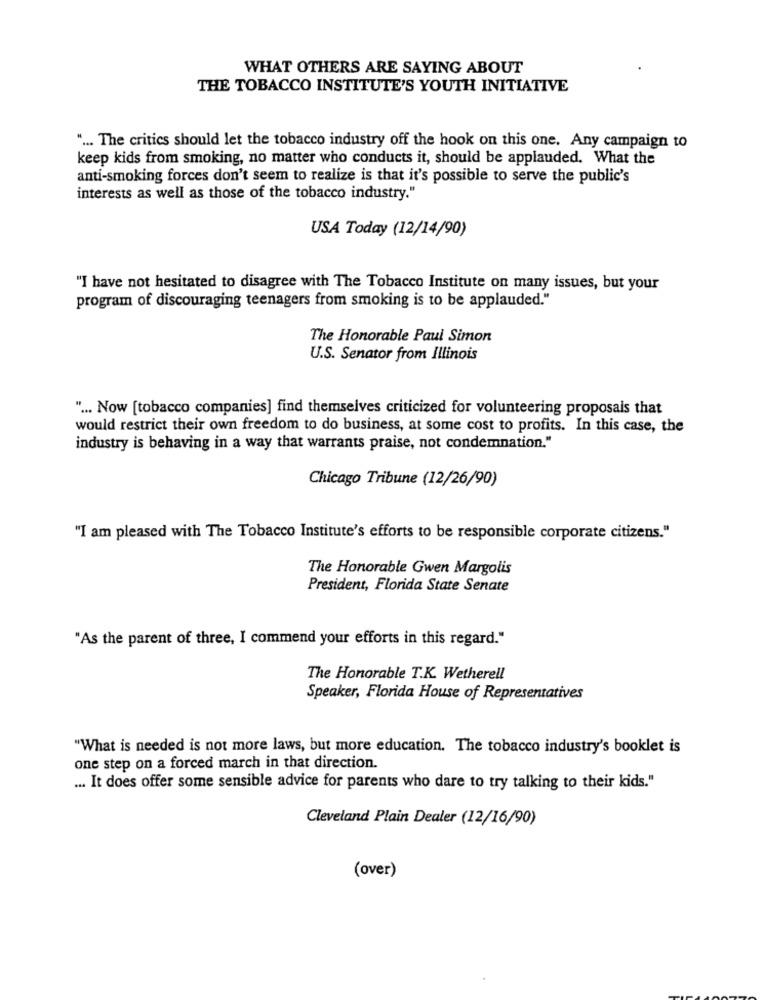
WHAT OTHERS ARE SAYING ABOUT
THE TOBACCO INSTITUTE'S YOUTH INITIATIVE
" ... The critics should let the tobacco industry off the hook on this one. Any campaign to
keep kids from smoking, no matter who conducts it, should be applauded. What the
anti-smoking forces don't seem to realize is that it's possible to serve the public's
interests as well as those of the tobacco industry."
USA Today (12/14/90)
"I have not hesitated to disagree with The Tobacco Institute on many issues, but your
program of discouraging teenagers from smoking is to be applauded."
The Honorable Paul Simon
U.S. Senator from Illinois
" ... Now [tobacco companies] find themselves criticized for volunteering proposals that
would restrict their own freedom to do business, at some cost to profits. In this case, the
industry is behaving in a way that warrants praise, not condemnation."
Chicago Tribune (12/26/90)
"I am pleased with The Tobacco Institute's efforts to be responsible corporate citizens."
The Honorable Gwen Margolis
President, Florida State Senate
"As the parent of three, I commend your efforts in this regard."
The Honorable T.K. Wetherell
Speaker, Florida House of Representatives
"What is needed is not more laws, but more education. The tobacco industry's booklet is
one step on a forced march in that direction.
... It does offer some sensible advice for parents who dare to try talking to their kids."
Cleveland Plain Dealer (12/16/90)
(over)